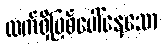
လက်ရှိဖြစ်ပေါ်နေသော